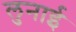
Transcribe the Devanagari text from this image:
लुनाई